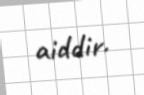
aiddir.